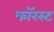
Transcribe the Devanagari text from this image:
फॉरस्ट